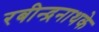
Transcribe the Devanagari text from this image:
रबीन्द्रनाथके